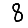
Digit: 8